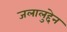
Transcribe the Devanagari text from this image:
जलालुद्देन